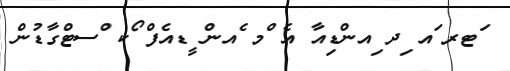
ަޓރ ައ ިދ ިއންޑިއާ އެ ްމ ެއން ީޑއެފް ޯކ ްސޓްގާޑުން